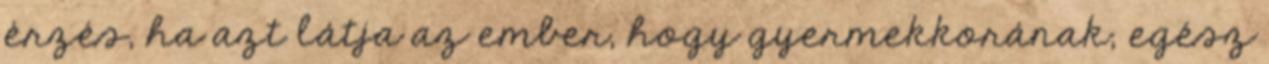
érzés, ha azt látja az ember, hogy gyermekkorának, egész